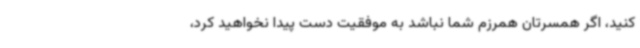
کنید، اگر همسرتان همرزم شما نباشد به موفقیت دست پیدا نخواهید کرد،